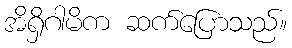
အိရှိဂါမိက ဆက်ပြောသည်။